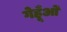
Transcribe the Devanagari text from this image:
गेहूँओं